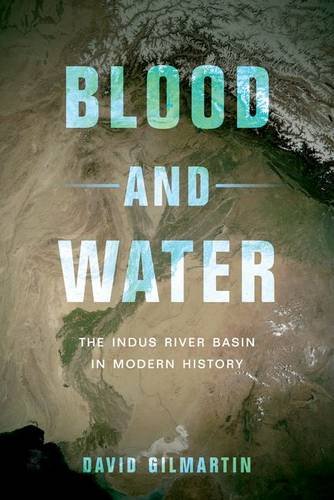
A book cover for Blood and Water: The Indus River Basin in Modern History; David Gilmartin; History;